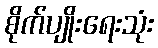
စိုက်ပျိုးရေးသုံး